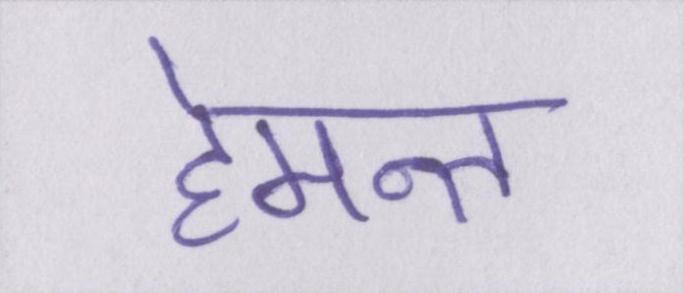
हेमन्त